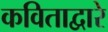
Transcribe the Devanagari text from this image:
कविताद्वारे